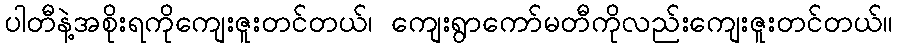
ပါတီနဲ့အစိုးရကိုကျေးဇူးတင်တယ်၊ ကျေးရွာကော်မတီကိုလည်းကျေးဇူးတင်တယ်။